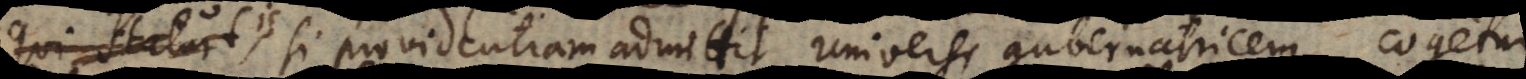
is, si providentiam admittit universi gubernatricem, cogetur